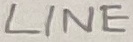
Text: LINE